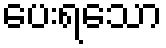
ပေးရသော